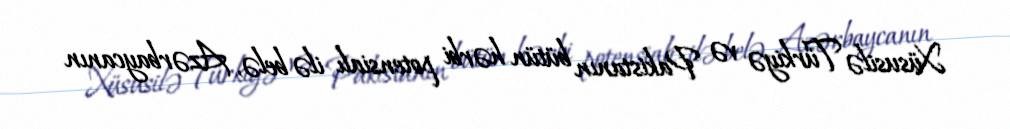
Xüsusilə Türkiyə və Pakistanın bütün hərbi potensialı ilə belə, Azərbaycanın